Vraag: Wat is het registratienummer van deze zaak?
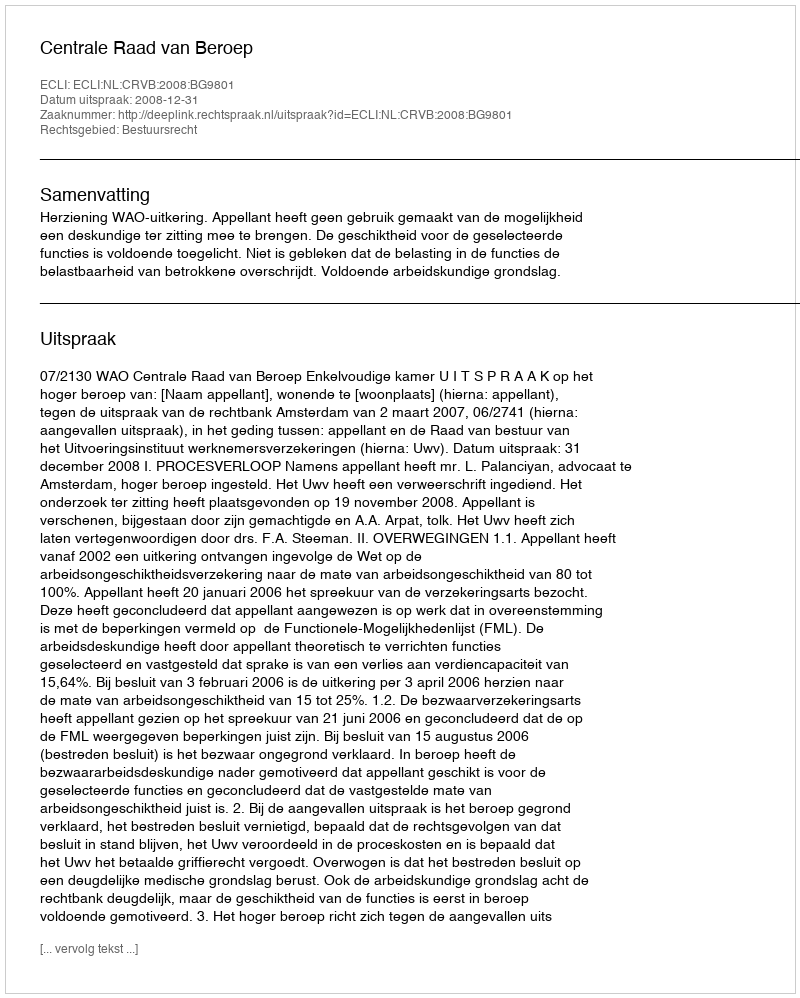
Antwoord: http://deeplink.rechtspraak.nl/uitspraak?id=ECLI:NL:CRVB:2008:BG9801